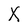
Character: X